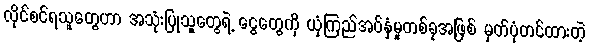
လိုင်စင်ရသူတွေဟာ အသုံးပြုသူတွေရဲ့ ငွေတွေကို ယုံကြည်အပ်နှံမှုတစ်ခုအဖြစ် မှတ်ပုံတင်ထားတဲ့